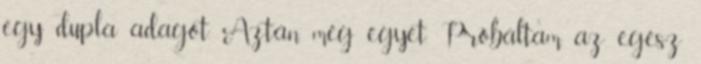
egy dupla adagot. Aztán még egyet. Próbáltam az egész